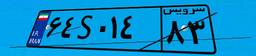
۶۴S۰۱۴۸۳